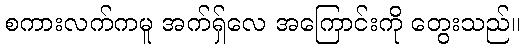
စကားလက်ကမူ အက်ရှ်လေ အကြောင်းကို တွေးသည်။